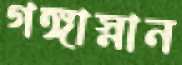
গঙ্গাস্নান